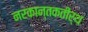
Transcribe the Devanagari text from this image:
नरकान्तकतीर्थ